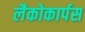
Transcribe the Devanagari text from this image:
लैकोकार्पस